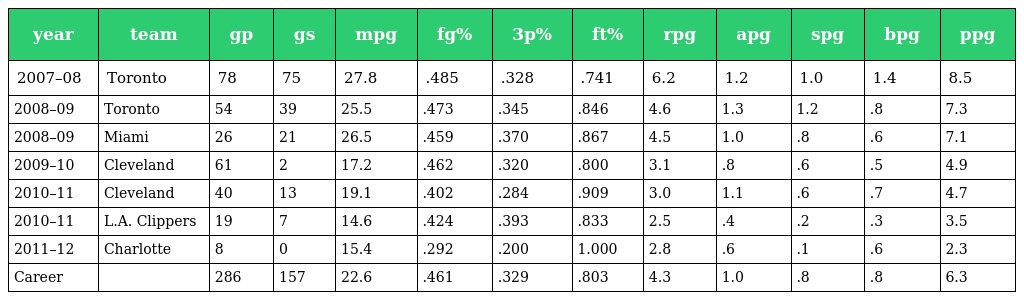
| year | team | gp | gs | mpg | fg% | 3p% | ft% | rpg | apg | spg | bpg | ppg |
 | --- | --- | --- | --- | --- | --- | --- | --- | --- | --- | --- | --- | --- |
 | 2007–08 | Toronto | 78 | 75 | 27.8 | .485 | .328 | .741 | 6.2 | 1.2 | 1.0 | 1.4 | 8.5 |
 | 2008–09 | Toronto | 54 | 39 | 25.5 | .473 | .345 | .846 | 4.6 | 1.3 | 1.2 | .8 | 7.3 |
 | 2008–09 | Miami | 26 | 21 | 26.5 | .459 | .370 | .867 | 4.5 | 1.0 | .8 | .6 | 7.1 |
 | 2009–10 | Cleveland | 61 | 2 | 17.2 | .462 | .320 | .800 | 3.1 | .8 | .6 | .5 | 4.9 |
 | 2010–11 | Cleveland | 40 | 13 | 19.1 | .402 | .284 | .909 | 3.0 | 1.1 | .6 | .7 | 4.7 |
 | 2010–11 | L.A. Clippers | 19 | 7 | 14.6 | .424 | .393 | .833 | 2.5 | .4 | .2 | .3 | 3.5 |
 | 2011–12 | Charlotte | 8 | 0 | 15.4 | .292 | .200 | 1.000 | 2.8 | .6 | .1 | .6 | 2.3 |
 | Career |  | 286 | 157 | 22.6 | .461 | .329 | .803 | 4.3 | 1.0 | .8 | .8 | 6.3 |